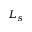
L _ { s }